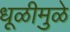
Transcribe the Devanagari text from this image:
धूळीमुळे